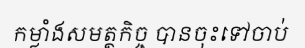
កម្លាំងសមត្ថកិច្ច បានចុះទៅចាប់